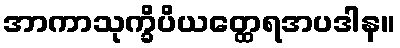
အာကာသုက္ခိပိယတ္ထေရအပဒါန။